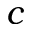
c